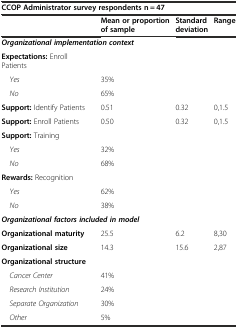
| <COLSPAN=4> CCOP Administrator survey respondents n = 47 |
 |  | Mean or proportion of sample | Standard deviation | Range |
 | --- | --- | --- | --- |
 | <COLSPAN=2> Organizational implementation context |  |  |
 | Expectations: Enroll Patients |  |  |  |
 | Yes | 35% |  |  |
 | No | 65% |  |  |
 | Support: Identify Patients | 0.51 | 0.32 | 0,1.5 |
 | Support: Enroll Patients | 0.50 | 0.32 | 0,1.5 |
 | Support: Training |  |  |  |
 | Yes | 32% |  |  |
 | No | 68% |  |  |
 | Rewards: Recognition |  |  |  |
 | Yes | 62% |  |  |
 | No | 38% |  |  |
 | <COLSPAN=2> Organizational factors included in model |  |  |
 | Organizational maturity | 25.5 | 6.2 | 8,30 |
 | Organizational size | 14.3 | 15.6 | 2,87 |
 | Organizational structure |  |  |  |
 | Cancer Center | 41% |  |  |
 | Research Institution | 24% |  |  |
 | Separate Organization | 30% |  |  |
 | Other | 5% |  |  |